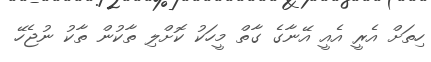
ހިތަށް އެރީ އެއީ އޭނާގެ ގާތް މީހަކު ކޮށްލި ތާކުން ތާކު ނުޖެހޭ